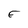
Character: E